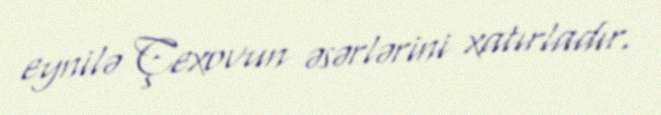
eynilə Çexovun əsərlərini xatırladır.